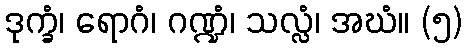
ဒုက္ခံ၊ ရောဂံ၊ ဂဏ္ဍံ၊ သလ္လံ၊ အဃံ။ (၅)